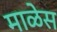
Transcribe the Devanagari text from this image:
माळेस